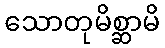
သောတုမိစ္ဆာမိ